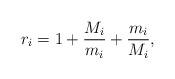
LaTeX: \begin{align*} r_i = 1 +\frac{M_i}{m_i}+\frac{m_i}{M_i},\end{align*}